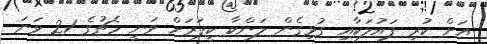
އަށް ކުރި ފައުލަކާއި ގުޅިގެން ލަންކާ ކީޕަރަށް ވަނީ މެޗުގެ 21 ވަނަ